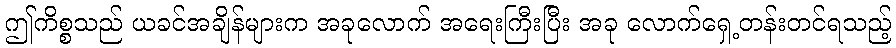
ဤကိစ္စသည် ယခင်အချိန်များက အခုလောက် အရေးကြီးပြီး အခု လောက်ရှေ့တန်းတင်ရသည့်